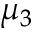
\mu _ { 3 }